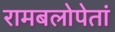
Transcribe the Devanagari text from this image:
रामबलोपेतां